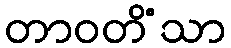
တာဝတိံသာ